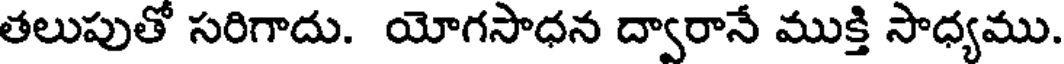
తలుపుతో సరిగాదు. యోగసాధన ద్వారానే ముక్తి సాధ్యము.